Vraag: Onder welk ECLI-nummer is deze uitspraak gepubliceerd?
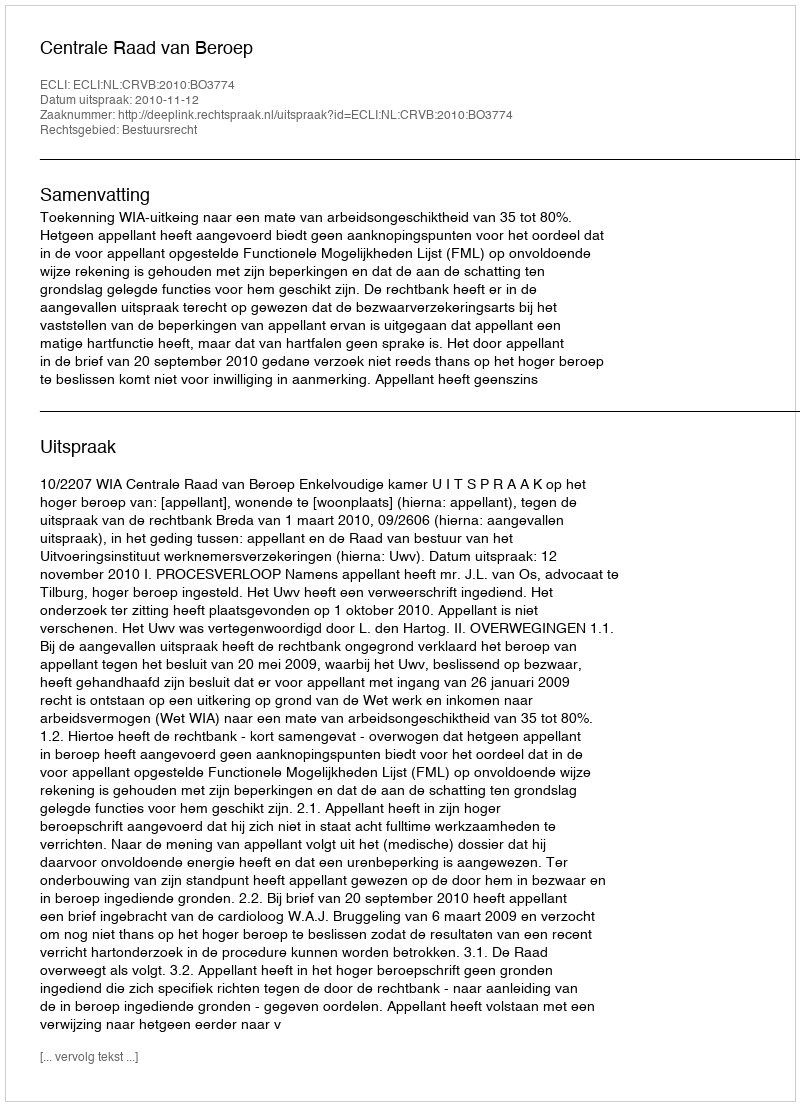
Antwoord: ECLI:NL:CRVB:2010:BO3774